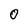
Character: 0